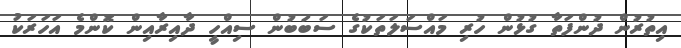
އިތުރުން ދުންފަތާ ގުޅުން ހުރި މައްސަލަތަކުގެ ސަބަބުން ސިއްހީ ދާއިރާއިން ކޮންމެ އަހަރަކު